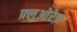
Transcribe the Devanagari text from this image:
फ़्लुओरेज़